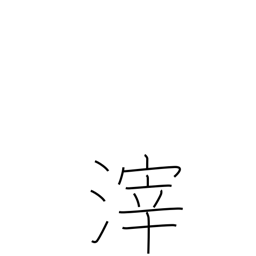
Meaning: dregs